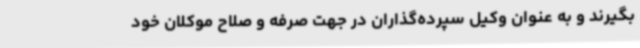
بگیرند و به عنوان وکیل سپرده‌گذاران در جهت صرفه و صلاح موکلان خود